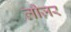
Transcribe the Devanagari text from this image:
लीज़र